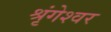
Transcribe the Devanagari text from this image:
श्रृंगेश्‍वर